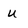
Character: u